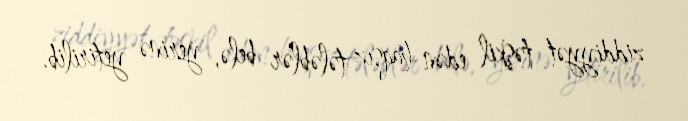
ziddiyyət təşkil edən haqsız tələblər belə, yerinə yetirilib.